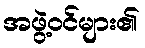
အဖွဲ့ဝင်များ၏